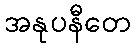
အနုပနီတေ